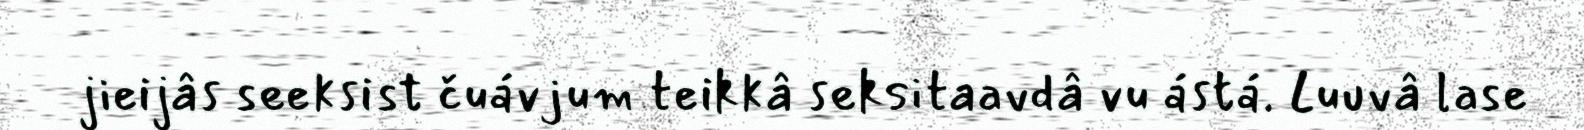
jieijâs seeksist čuávjum teikkâ seksitaavdâ vu ástá. Luuvâ lase